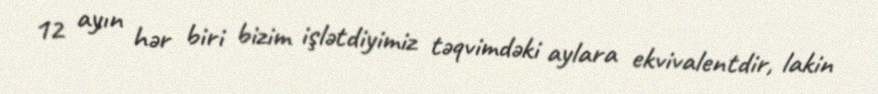
12 ayın hər biri bizim işlətdiyimiz təqvimdəki aylara ekvivalentdir, lakin